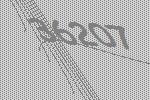
36207